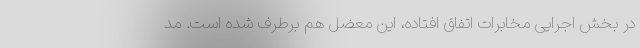
در بخش اجرایی مخابرات اتفاق افتاده، این معضل هم برطرف شده است. مد